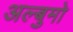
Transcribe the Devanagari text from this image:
अल्बुमो